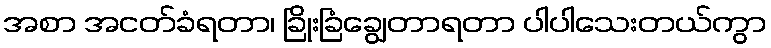
အစာ အငတ်ခံရတာ၊ ခြိုးခြံချွေတာရတာ ပါပါသေးတယ်ကွာ